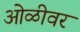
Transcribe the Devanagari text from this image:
ओळीवर